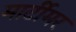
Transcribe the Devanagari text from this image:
मार्टीमर